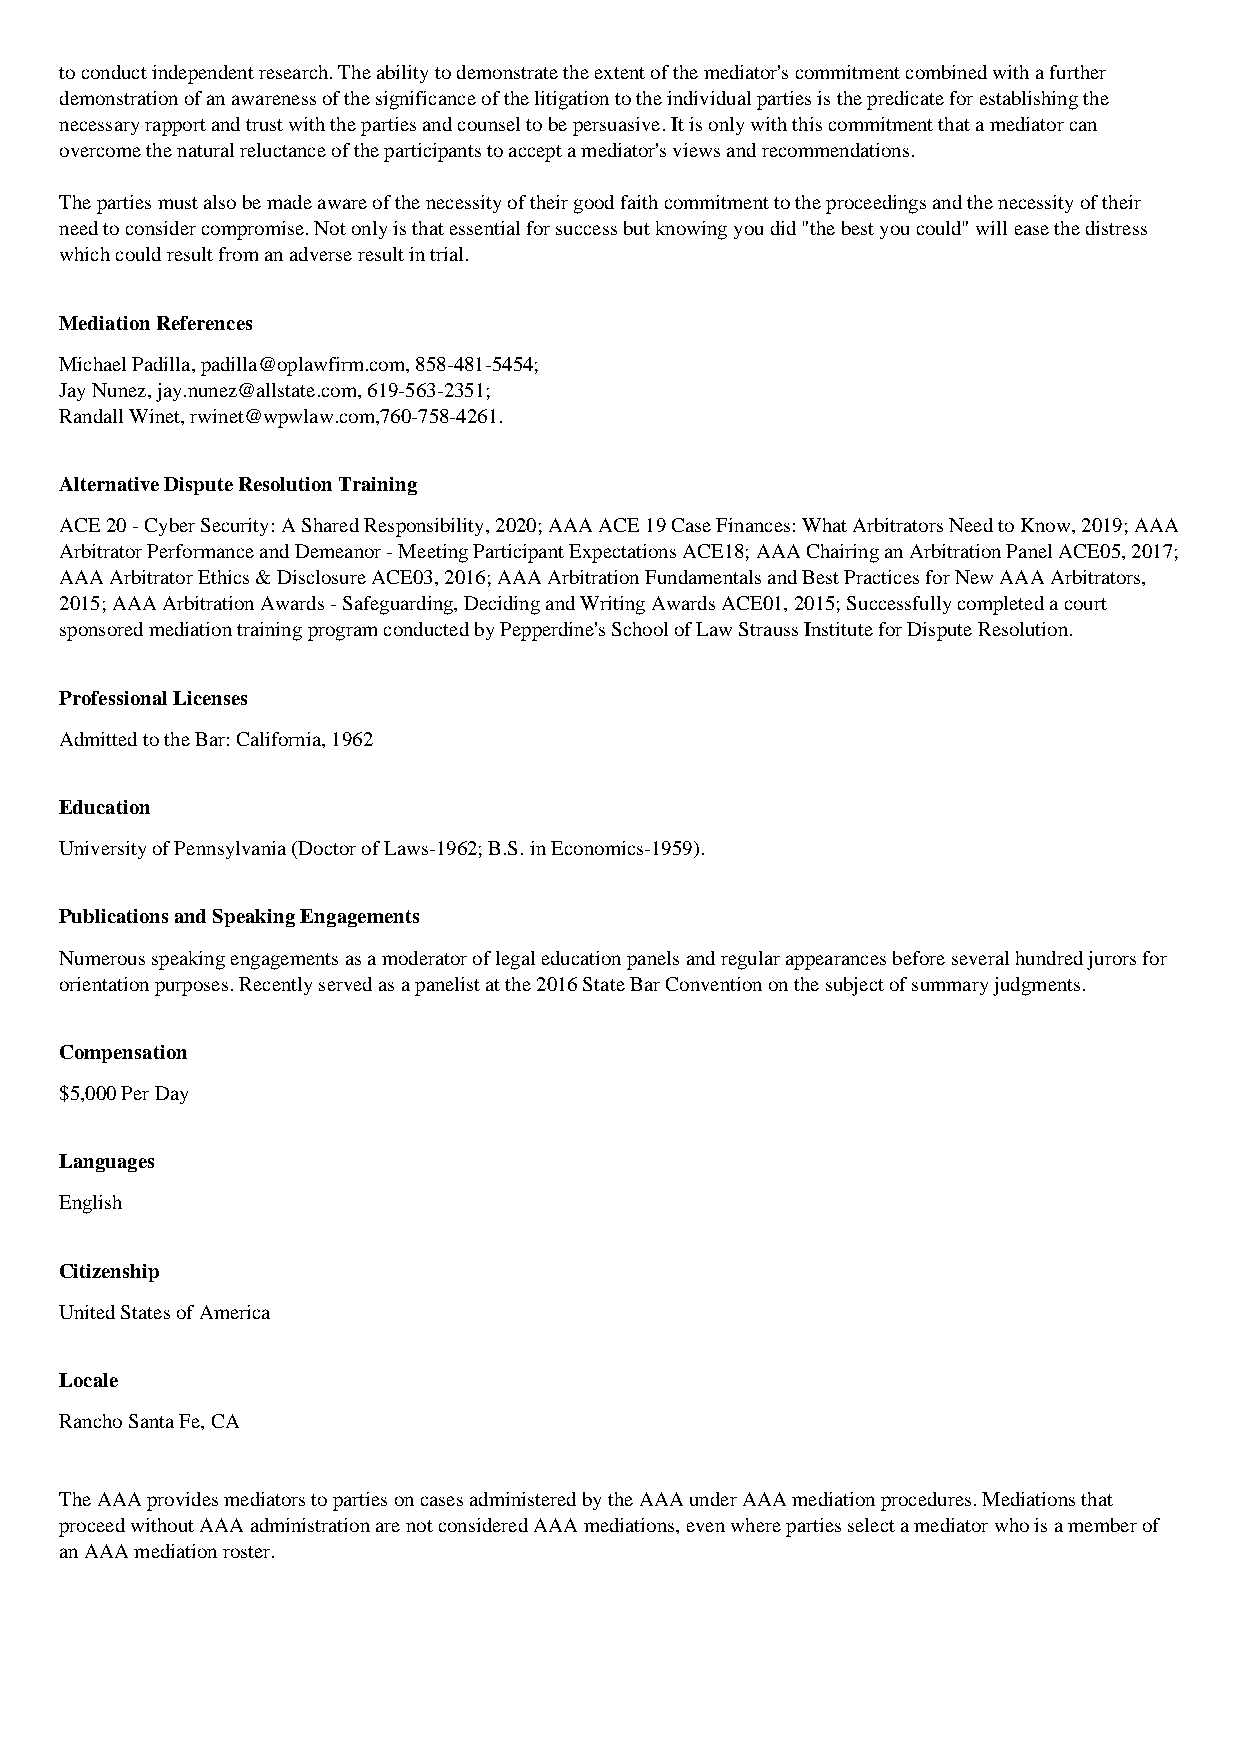
to conduct independent research. The ability to demonstrate the extent of the mediator's commitment combined with a further
 demonstration of an awareness of the significance of the litigation to the individual parties is the predicate for establishing the
 necessary rapport and trust with the parties and counsel to be persuasive. It is only with this commitment that a mediator can
 overcome the natural reluctance of the participants to accept a mediator's views and recommendations.
 The parties must also be made aware of the necessity of their good faith commitment to the proceedings and the necessity of their
 need to consider compromise. Not only is that essential for success but knowing you did "the best you could" will ease the distress
 which could result from an adverse result in trial.
 Mediation References
 Michael Padilla, padilla@oplawfirm.com, 858-481-5454;
 Jay Nunez, jay.nunez@allstate.com, 619-563-2351;
 Randall Winet, rwinet@wpwlaw.com,760-758-4261.
 Alternative Dispute Resolution Training
 ACE 20 - Cyber Security: A Shared Responsibility, 2020; AAA ACE 19 Case Finances: What Arbitrators Need to Know, 2019; AAA
 Arbitrator Performance and Demeanor - Meeting Participant Expectations ACE18; AAA Chairing an Arbitration Panel ACE05, 2017;
 AAA Arbitrator Ethics & Disclosure ACE03, 2016; AAA Arbitration Fundamentals and Best Practices for New AAA Arbitrators,
 2015; AAA Arbitration Awards - Safeguarding, Deciding and Writing Awards ACE01, 2015; Successfully completed a court
 sponsored mediation training program conducted by Pepperdine's School of Law Strauss Institute for Dispute Resolution.
 Professional Licenses
 Admitted to the Bar: California, 1962
 Education
 University of Pennsylvania (Doctor of Laws-1962; B.S. in Economics-1959).
 Publications and Speaking Engagements
 Numerous speaking engagements as a moderator of legal education panels and regular appearances before several hundred jurors for
 orientation purposes. Recently served as a panelist at the 2016 State Bar Convention on the subject of summary judgments.
 Compensation
 $5,000 Per Day
 Languages
 English
 Citizenship
 United States of America
 Locale
 Rancho Santa Fe, CA
 The AAA provides mediators to parties on cases administered by the AAA under AAA mediation procedures. Mediations that
 proceed without AAA administration are not considered AAA mediations, even where parties select a mediator who is a member of
 an AAA mediation roster.